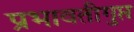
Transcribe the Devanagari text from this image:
प्रभावतीगुप्त